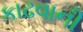
કાઢવાની